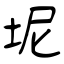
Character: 坭